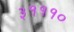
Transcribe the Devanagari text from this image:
३१११०